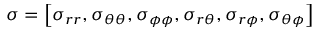
\boldsymbol { \sigma } = \left[ \sigma _ { r r } , \sigma _ { \theta \theta } , \sigma _ { \phi \phi } , \sigma _ { r \theta } , \sigma _ { r \phi } , \sigma _ { \theta \phi } \right]